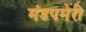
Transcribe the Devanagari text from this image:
मंडपमेरी